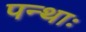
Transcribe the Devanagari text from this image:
पन्थाः